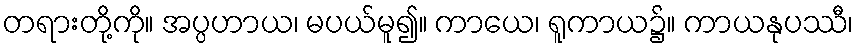
တရားတို့ကို။ အပ္ပဟာယ၊ မပယ်မူ၍။ ကာယေ၊ ရူကာယ၌။ ကာယနုပဿီ၊